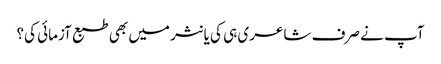
آپ نے صرف شاعری ہی کی یا نثر میں بھی طبع آزمائی کی؟